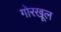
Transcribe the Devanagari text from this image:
गोरखूल